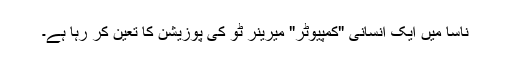
ناسا میں ایک انسانی "کمپیوٹر" میرینر ٹو کی پوزیشن کا تعین کر رہا ہے۔